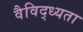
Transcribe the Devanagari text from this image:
वैविद्ध्यता